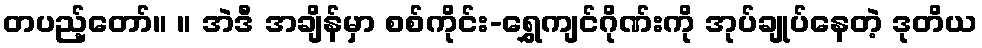
တပည့်တော်။ ။ အဲဒီ အချိန်မှာ စစ်ကိုင်း-ရွှေကျင်ဂိုဏ်းကို အုပ်ချုပ်နေတဲ့ ဒုတိယ